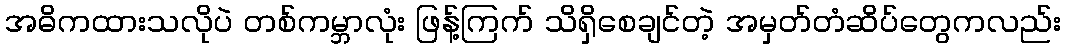
အဓိကထားသလိုပဲ တစ်ကမ္ဘာလုံး ဖြန့်ကြက် သိရှိစေချင်တဲ့ အမှတ်တံဆိပ်တွေကလည်း